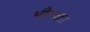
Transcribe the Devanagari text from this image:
भीलवड़ा